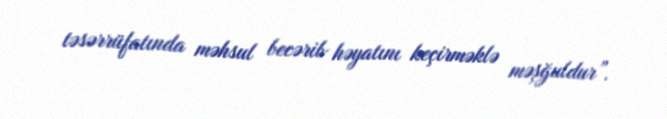
təsərrüfatında məhsul becərib həyatını keçirməklə məşğuldur”.